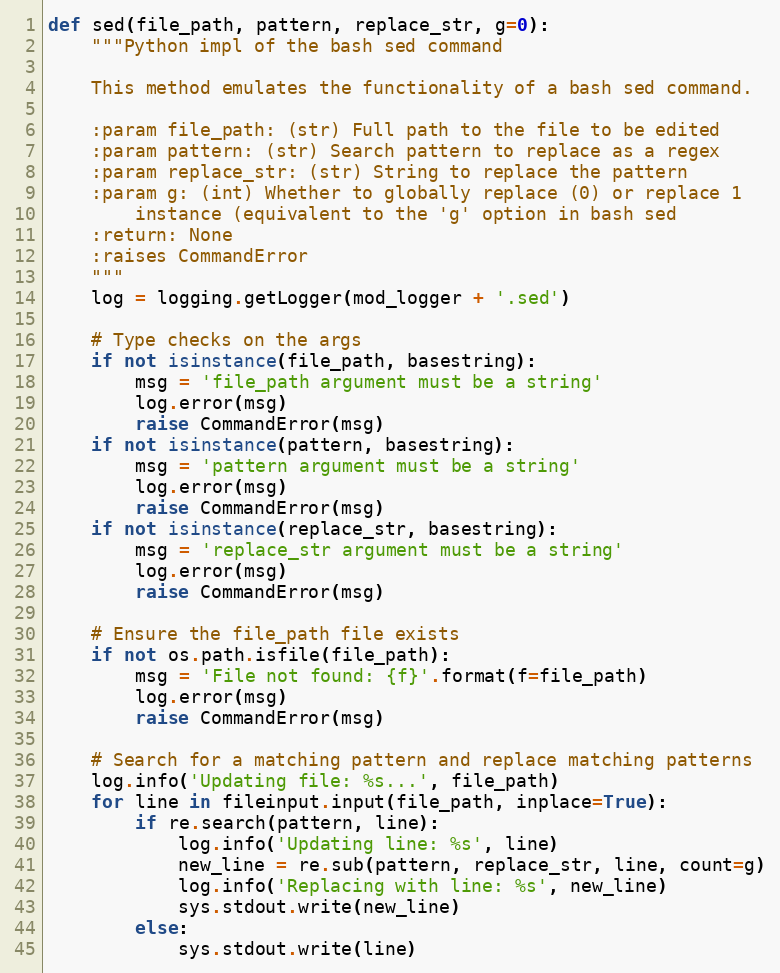
Language: Python
def sed(file_path, pattern, replace_str, g=0):
    """Python impl of the bash sed command

    This method emulates the functionality of a bash sed command.

    :param file_path: (str) Full path to the file to be edited
    :param pattern: (str) Search pattern to replace as a regex
    :param replace_str: (str) String to replace the pattern
    :param g: (int) Whether to globally replace (0) or replace 1
        instance (equivalent to the 'g' option in bash sed
    :return: None
    :raises CommandError
    """
    log = logging.getLogger(mod_logger + '.sed')

    # Type checks on the args
    if not isinstance(file_path, basestring):
        msg = 'file_path argument must be a string'
        log.error(msg)
        raise CommandError(msg)
    if not isinstance(pattern, basestring):
        msg = 'pattern argument must be a string'
        log.error(msg)
        raise CommandError(msg)
    if not isinstance(replace_str, basestring):
        msg = 'replace_str argument must be a string'
        log.error(msg)
        raise CommandError(msg)

    # Ensure the file_path file exists
    if not os.path.isfile(file_path):
        msg = 'File not found: {f}'.format(f=file_path)
        log.error(msg)
        raise CommandError(msg)

    # Search for a matching pattern and replace matching patterns
    log.info('Updating file: %s...', file_path)
    for line in fileinput.input(file_path, inplace=True):
        if re.search(pattern, line):
            log.info('Updating line: %s', line)
            new_line = re.sub(pattern, replace_str, line, count=g)
            log.info('Replacing with line: %s', new_line)
            sys.stdout.write(new_line)
        else:
            sys.stdout.write(line)